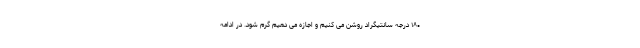
۱۸۰ درجه سانتیگراد روشن می کنیم و اجازه می دهیم گرم شود. در ادامه